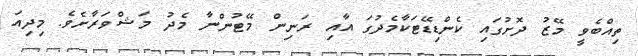
ތިއްބެވީ މޭޒު ދޮށުގައި ކެންޑިޑޭޓަކާމެދުގަ އާއި ރަނިން މޭޓުންނާ މެދު މަޝްވަރާށެވެ. މިދިއަ